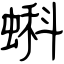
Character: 蝌